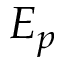
E _ { p }